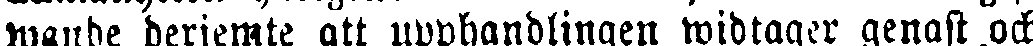
wande derjemte att upphandlingen widtager genast och